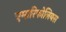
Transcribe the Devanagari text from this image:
एमारिफोलियस